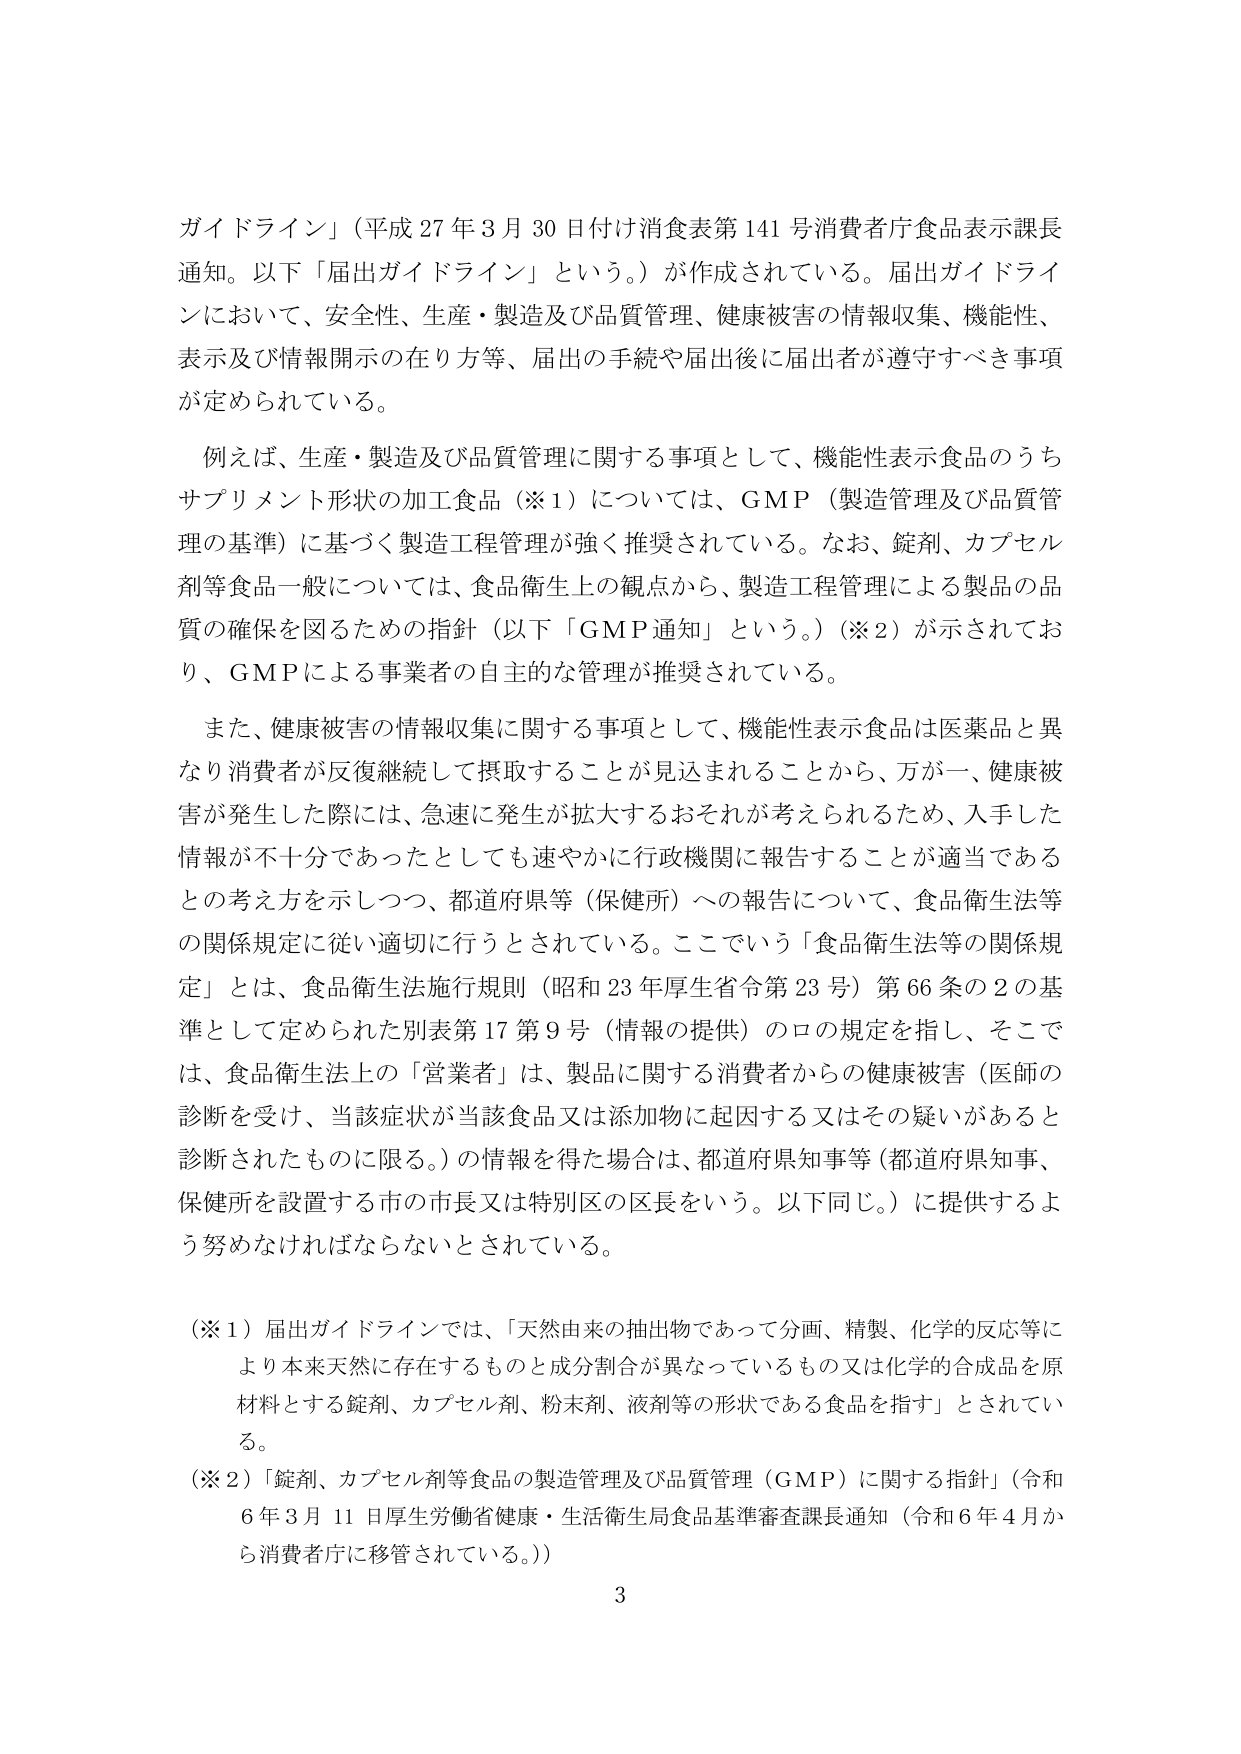
ガイドライン」（平成27年3月30日付け消食表第141号消費者庁食品表示課長通知。以下「届出ガイドライン」という。）が作成されている。届出ガイドラインにおいて、安全性、生産・製造及び品質管理、健康被害の情報収集、機能性、表示及び情報開示の在り方等、届出の手続や届出後に届出者が遵守すべき事項が定められている。

例えば、生産・製造及び品質管理に関する事項として、機能性表示食品のうちサプリメント形状の加工食品（※1）については、GMP（製造管理及び品質管理の基準）に基づく製造工程管理が強く推奨されている。なお、錠剤、カプセル剤等食品一般については、食品衛生上の観点から、製造工程管理による製品の品質の確保を図るための指針（以下「GMP通知」という。）（※2）が示されており、GMPによる事業者の自主的な管理が推奨されている。

また、健康被害の情報収集に関する事項として、機能性表示食品は医薬品と異なり消費者が反復継続して摂取することが見込まれることから、万が一、健康被害が発生した際には、急速に発生が拡大するおそれが考えられるため、入手した情報が不十分であったとしても速やかに行政機関に報告することが適当であるとの考え方を示しつつ、都道府県等（保健所）への報告について、食品衛生法等の関係規定に従い適切に行うとされている。ここでいう「食品衛生法等の関係規定」とは、食品衛生法施行規則（昭和23年厚生省令第23号）第66条の2の基準として定められた別表第17第9号（情報の提供）のロの規定を指し、そこでは、食品衛生法上の「営業者」は、製品に関する消費者からの健康被害（医師の診断を受け、当該症状が当該食品又は添加物に起因する又はその疑いがあると診断されたものに限る。）の情報を得た場合は、都道府県知事等（都道府県知事、保健所を設置する市の市長又は特別区の区長をいう。以下同じ。）に提供するよう努めなければならないとされている。

（※1）届出ガイドラインでは、「天然由来の抽出物であって分画、精製、化学的反応等により本来天然に存在するものと成分割合が異なっているもの又は化学的合成品を原材料とする錠剤、カプセル剤、粉末剤、液剤等の形状である食品を指す」とされている。

（※2）「錠剤、カプセル剤等食品の製造管理及び品質管理（GMP）に関する指針」（令和6年3月11日厚生労働省健康・生活衛生局食品基準審査課長通知（令和6年4月から消費者庁に移管されている。））

3